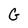
Character: G